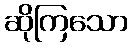
ဆိုကြသော